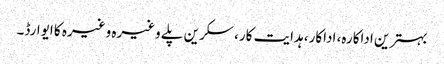
بہترین اداکارہ، اداکار، ہدایت کار، سکرین پلے وغیرہ وغیرہ کا ایوارڈ۔